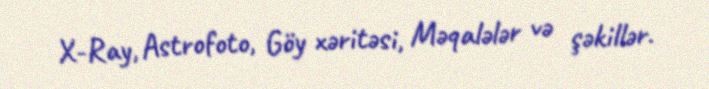
X-Ray, Astrofoto, Göy xəritəsi, Məqalələr və şəkillər.